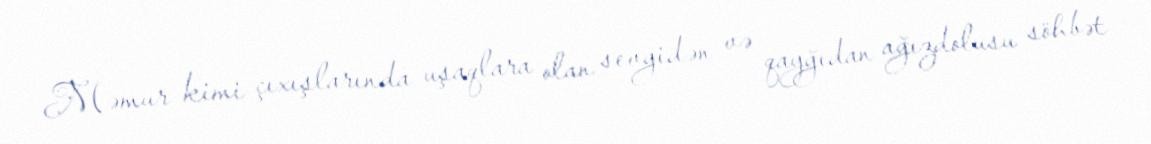
Məmur kimi çıxışlarında uşaqlara olan sevgidən və qayğıdan ağızdolusu söhbət